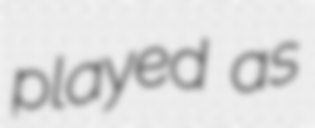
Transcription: played as